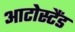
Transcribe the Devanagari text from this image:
आटोस्टैंड